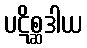
ပဋိစ္ဆဒါယ